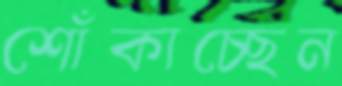
শোঁকাচ্ছেন